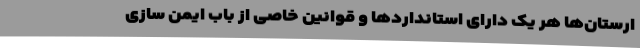
ارستان‌ها هر یک دارای استانداردها و قوانین خاصی از باب ایمن سازی